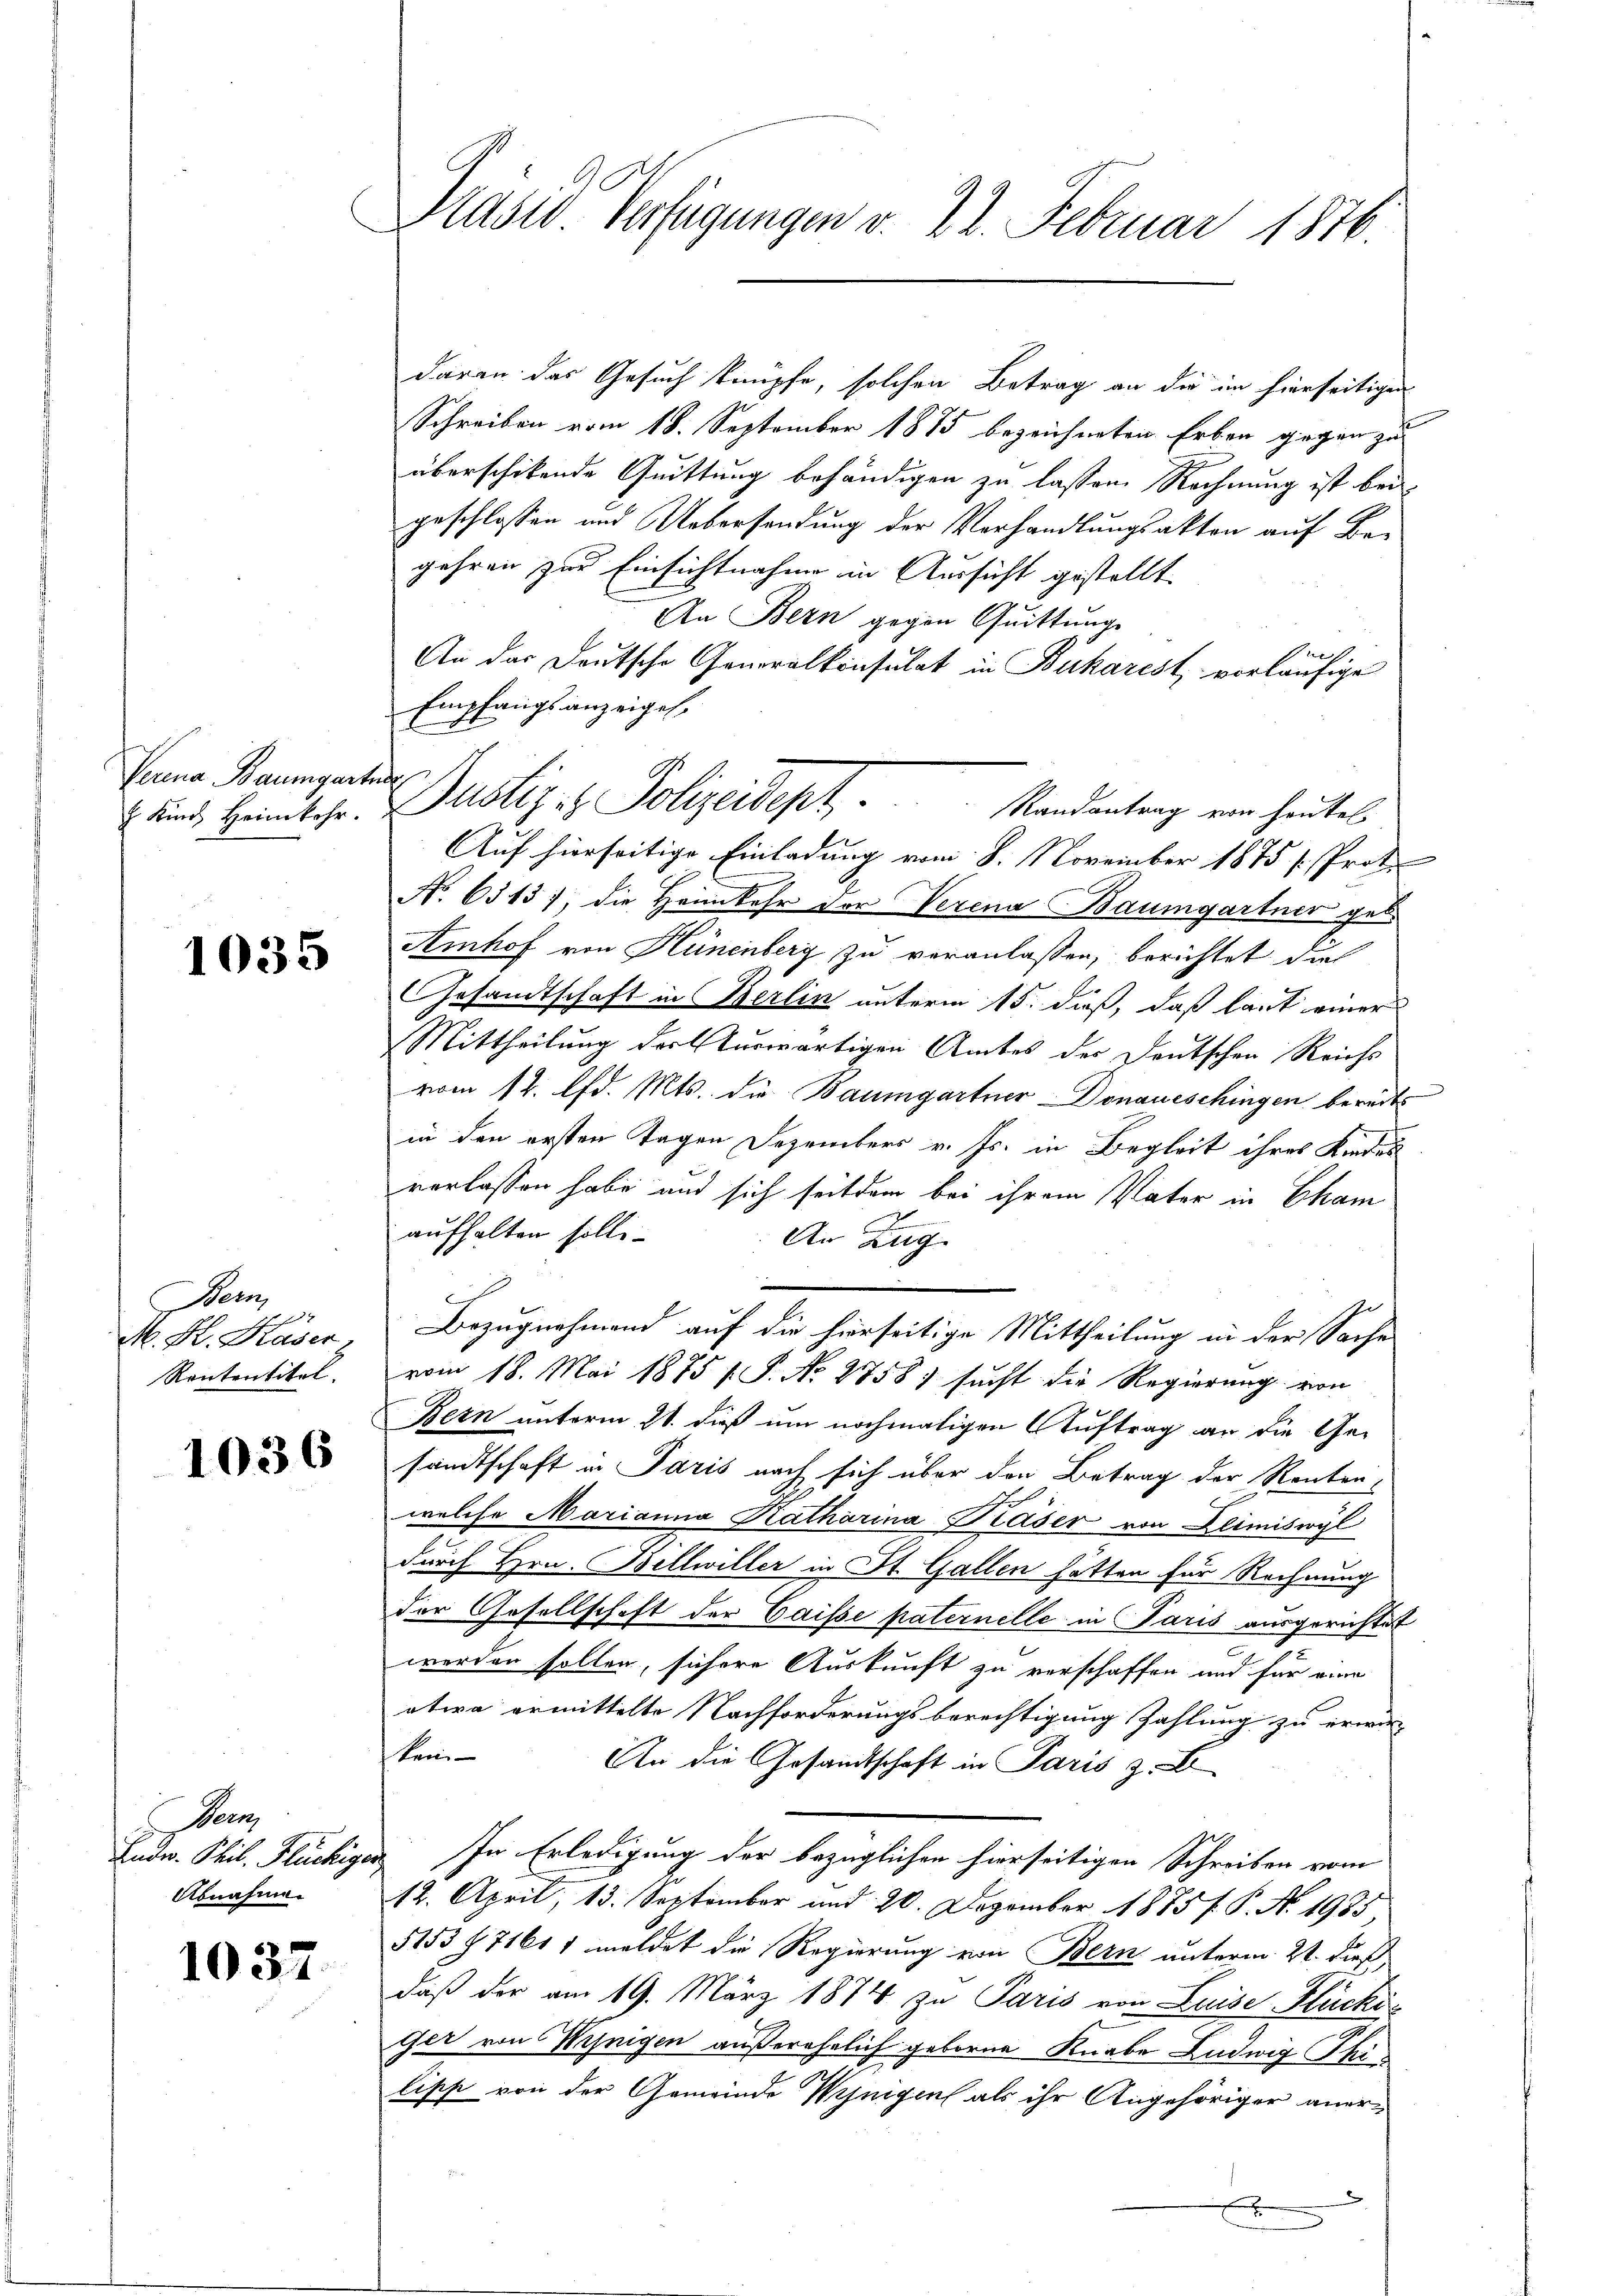
Verina Baumgarten
 Kind Heimkehr.

1035

Bern
t
M. H. Kaser
Rententitel.

1036

Pen
Abnahme.

1037.

Präsid Verfügungen v. 22. Februar 1816.

daran des Gesuch knüpfe, solchen Betrag an die im hierseitigen
Schreiben vom 18. September 1875 bezeichneten Erben gegen zu
überschikende Quittung behändigen zu lassen. Rechnung ist bei
geschlossen und Uebersendung der Verhandlungsakten auf Begehren zur Einsichtnahme in Aussicht gestellt.
An Bern gegen Quittung
An das Deutsche Generalkonsulat in Bukarest vorläufige
Empfangsanzeigel.
Auf hierseitige Einladung vom 8. November 1875 s. Prote
No. 63137, die Heimkehr vor Verena Baumgartner gel
Amhof von Hünenberg zu veranlassen, berichtet die
Gesandtschaft in Berlin unterm 15. dieß, daß laut einer
Mittheilung der turwärtigen Amtes der Deutschen Reiche
vom 14. Ad. Mts. die Baumgartner Donaueschingen bereits
in den ersten Tagen Dezembers v. Js. in Begleit ihres Kindes
verlassen habe und sich seitdem bei ihrem Vater in Cham
aufhalten solle.
An Zug
Bezugnahmend auf die hierseitige Mittheilung in der Sache
vom 18. Mai 1875 f. P. No 2758) sucht die Regierung von
Bern unterm 21. dieß um nochmaligen Auftrag an die Gesandtschaft in Paris nach sich über den Betrag der Renten-
welche Marianna Katharina Käser von Deimiswyl
durch Hrn. Billwiller in St. Gallen hätten für Rechnung
der Gesellschaft der Gaisse paternelle in Paris ausgerichtet
werden sollen, sichere Auskunft zu verschaffen und für eine
etwa ermittelte Nachforderungsberechtigung Zahlung zu erwir-
ken
An die Gesandtschaft in Paris z.
Ludw. Phil. Flückiger. In Erledigung der bezüglichen hierseitigen Schreiben vom
12. April, 13. September und 20. Dezember 1885 f. P. No. 1935
5153 § 71611 meldet die Regierung von Bern unterm 21. dieß
daß der am 19. März 1874 zu Paris von Luise Flückis
Ger von Winigen außerehelich geboren Knabe Ludwig Pfi
lipp von der Gemeinde Wenigen als ihr Angehöriger aner¬

Dustiz & Polizeidept. Mandentrag von heutel